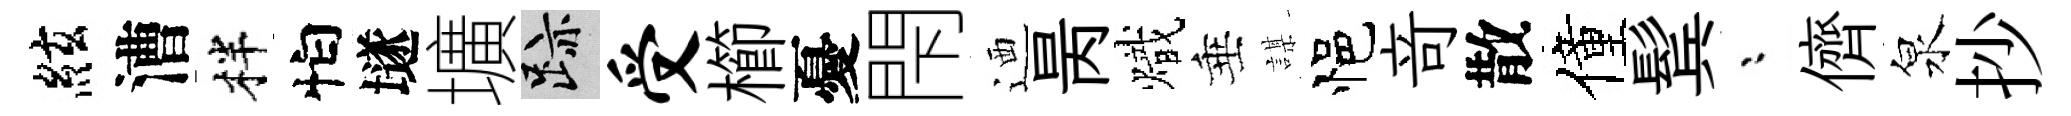
絃漕柈怕𡑞壙迹受櫛憂閇迺昺熾垂謀悒竒散僮鬂漸儕泉抄